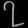
Digit: ၇